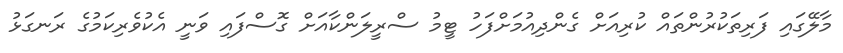
މާލޭގައި ފަރިތަކުރުންތައް ކުރިއަށް ގެންދިއުމަށްފަހު ޓީމު ސްރީލަންކާއަށް ގޮސްފައި ވަނީ އެކުވެރިކަމުގެ ރަނގަޅު